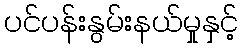
ပင်ပန်းနွမ်းနယ်မှုနှင့်